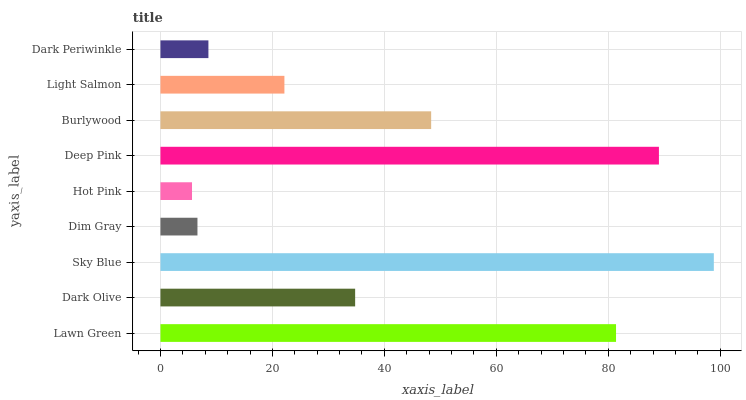
| yaxis_label | bars |
 | --- | --- |
 | Lawn Green | 81.4 |
 | Dark Olive | 34.8 |
 | Sky Blue | 98.9 |
 | Dim Gray | 6.61 |
 | Hot Pink | 5.64 |
 | Deep Pink | 89 |
 | Burlywood | 48.4 |
 | Light Salmon | 22.1 |
 | Dark Periwinkle | 8.57 |